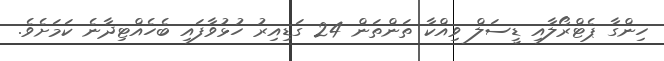
ހިންގާ ޕެޓްރޯލާއި ޑީސަލް ވިއްކާ ތަންތަން 24 ގަޑިއިރު ހުޅުވާފައި ބެހެއްޓިދާނެ ކަމަށެވެ.